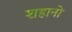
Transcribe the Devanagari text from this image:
शहानो